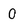
Character: O